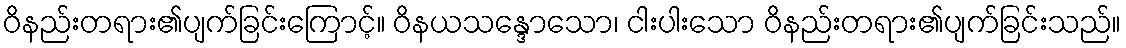
ဝိနည်းတရား၏ပျက်ခြင်းကြောင့်။ ဝိနယသန္ဒောသော၊ ငါးပါးသော ဝိနည်းတရား၏ပျက်ခြင်းသည်။